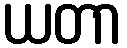
ယတာ